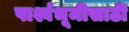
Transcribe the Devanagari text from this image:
पार्श्वभूमीसाठी